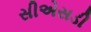
સીએસડી